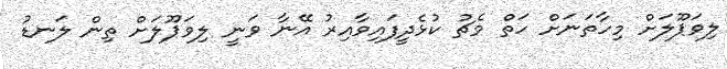
ލިވަޕޫލަށް މިހާތަނަށް ހަތް މެޗު ކުޅެދީފައިވާއިރު އޭނާ ވަނީ ލިވަޕޫލަށް ތިން ލަނޑު